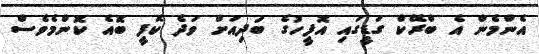
އެންމެން އެ ބްރޭކް ގަޑީގައި އޮފީހުގެ ބަދިއަށް ވަދެ ކޮފީ ބޮއެ ކޮންމެވެސް